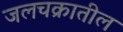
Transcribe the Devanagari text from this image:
जलचक्रातील